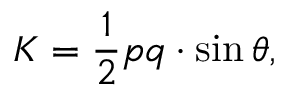
K = { \frac { 1 } { 2 } } p q \cdot \sin \theta ,